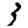
Digit: 3